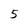
Character: 5